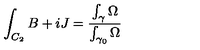
\int _ { C _ { 2 } } B + i J = { \frac { \int _ { \gamma } \Omega } { \int _ { \gamma _ { 0 } } \Omega } }